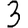
Digit: 3